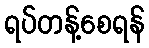
ရပ်တန့်စေရန်